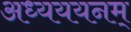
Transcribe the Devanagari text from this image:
अध्यययनम्